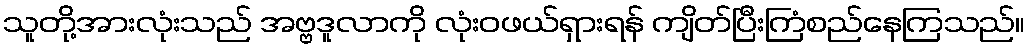
သူတို့အားလုံးသည် အဗ္ဗဒူလာကို လုံးဝဖယ်ရှားရန် ကျိတ်ပြီးကြံစည်နေကြသည်။